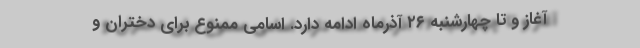
آغاز و تا چهارشنبه ۲۶ آذرماه ادامه دارد. اسامی ممنوع برای دختران و